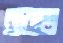
রাবাত